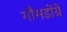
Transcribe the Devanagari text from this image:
गौमडोंग्रे